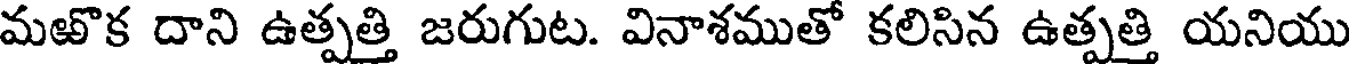
మఱొక దాని ఉత్పత్తి జరుగుట. వినాశముతో కలిసిన ఉత్పత్తి యనియు